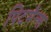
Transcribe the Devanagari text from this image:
पिटमैन्स